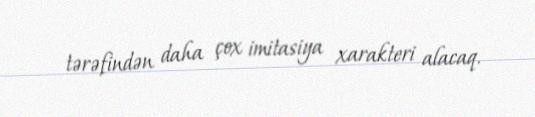
tərəfindən daha çox imitasiya xarakteri alacaq.